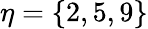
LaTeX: \eta=\{ 2,5,9\}